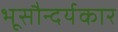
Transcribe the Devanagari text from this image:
भूसौन्दर्यकार